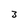
Character: 3